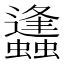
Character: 蠭